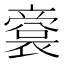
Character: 𠆘